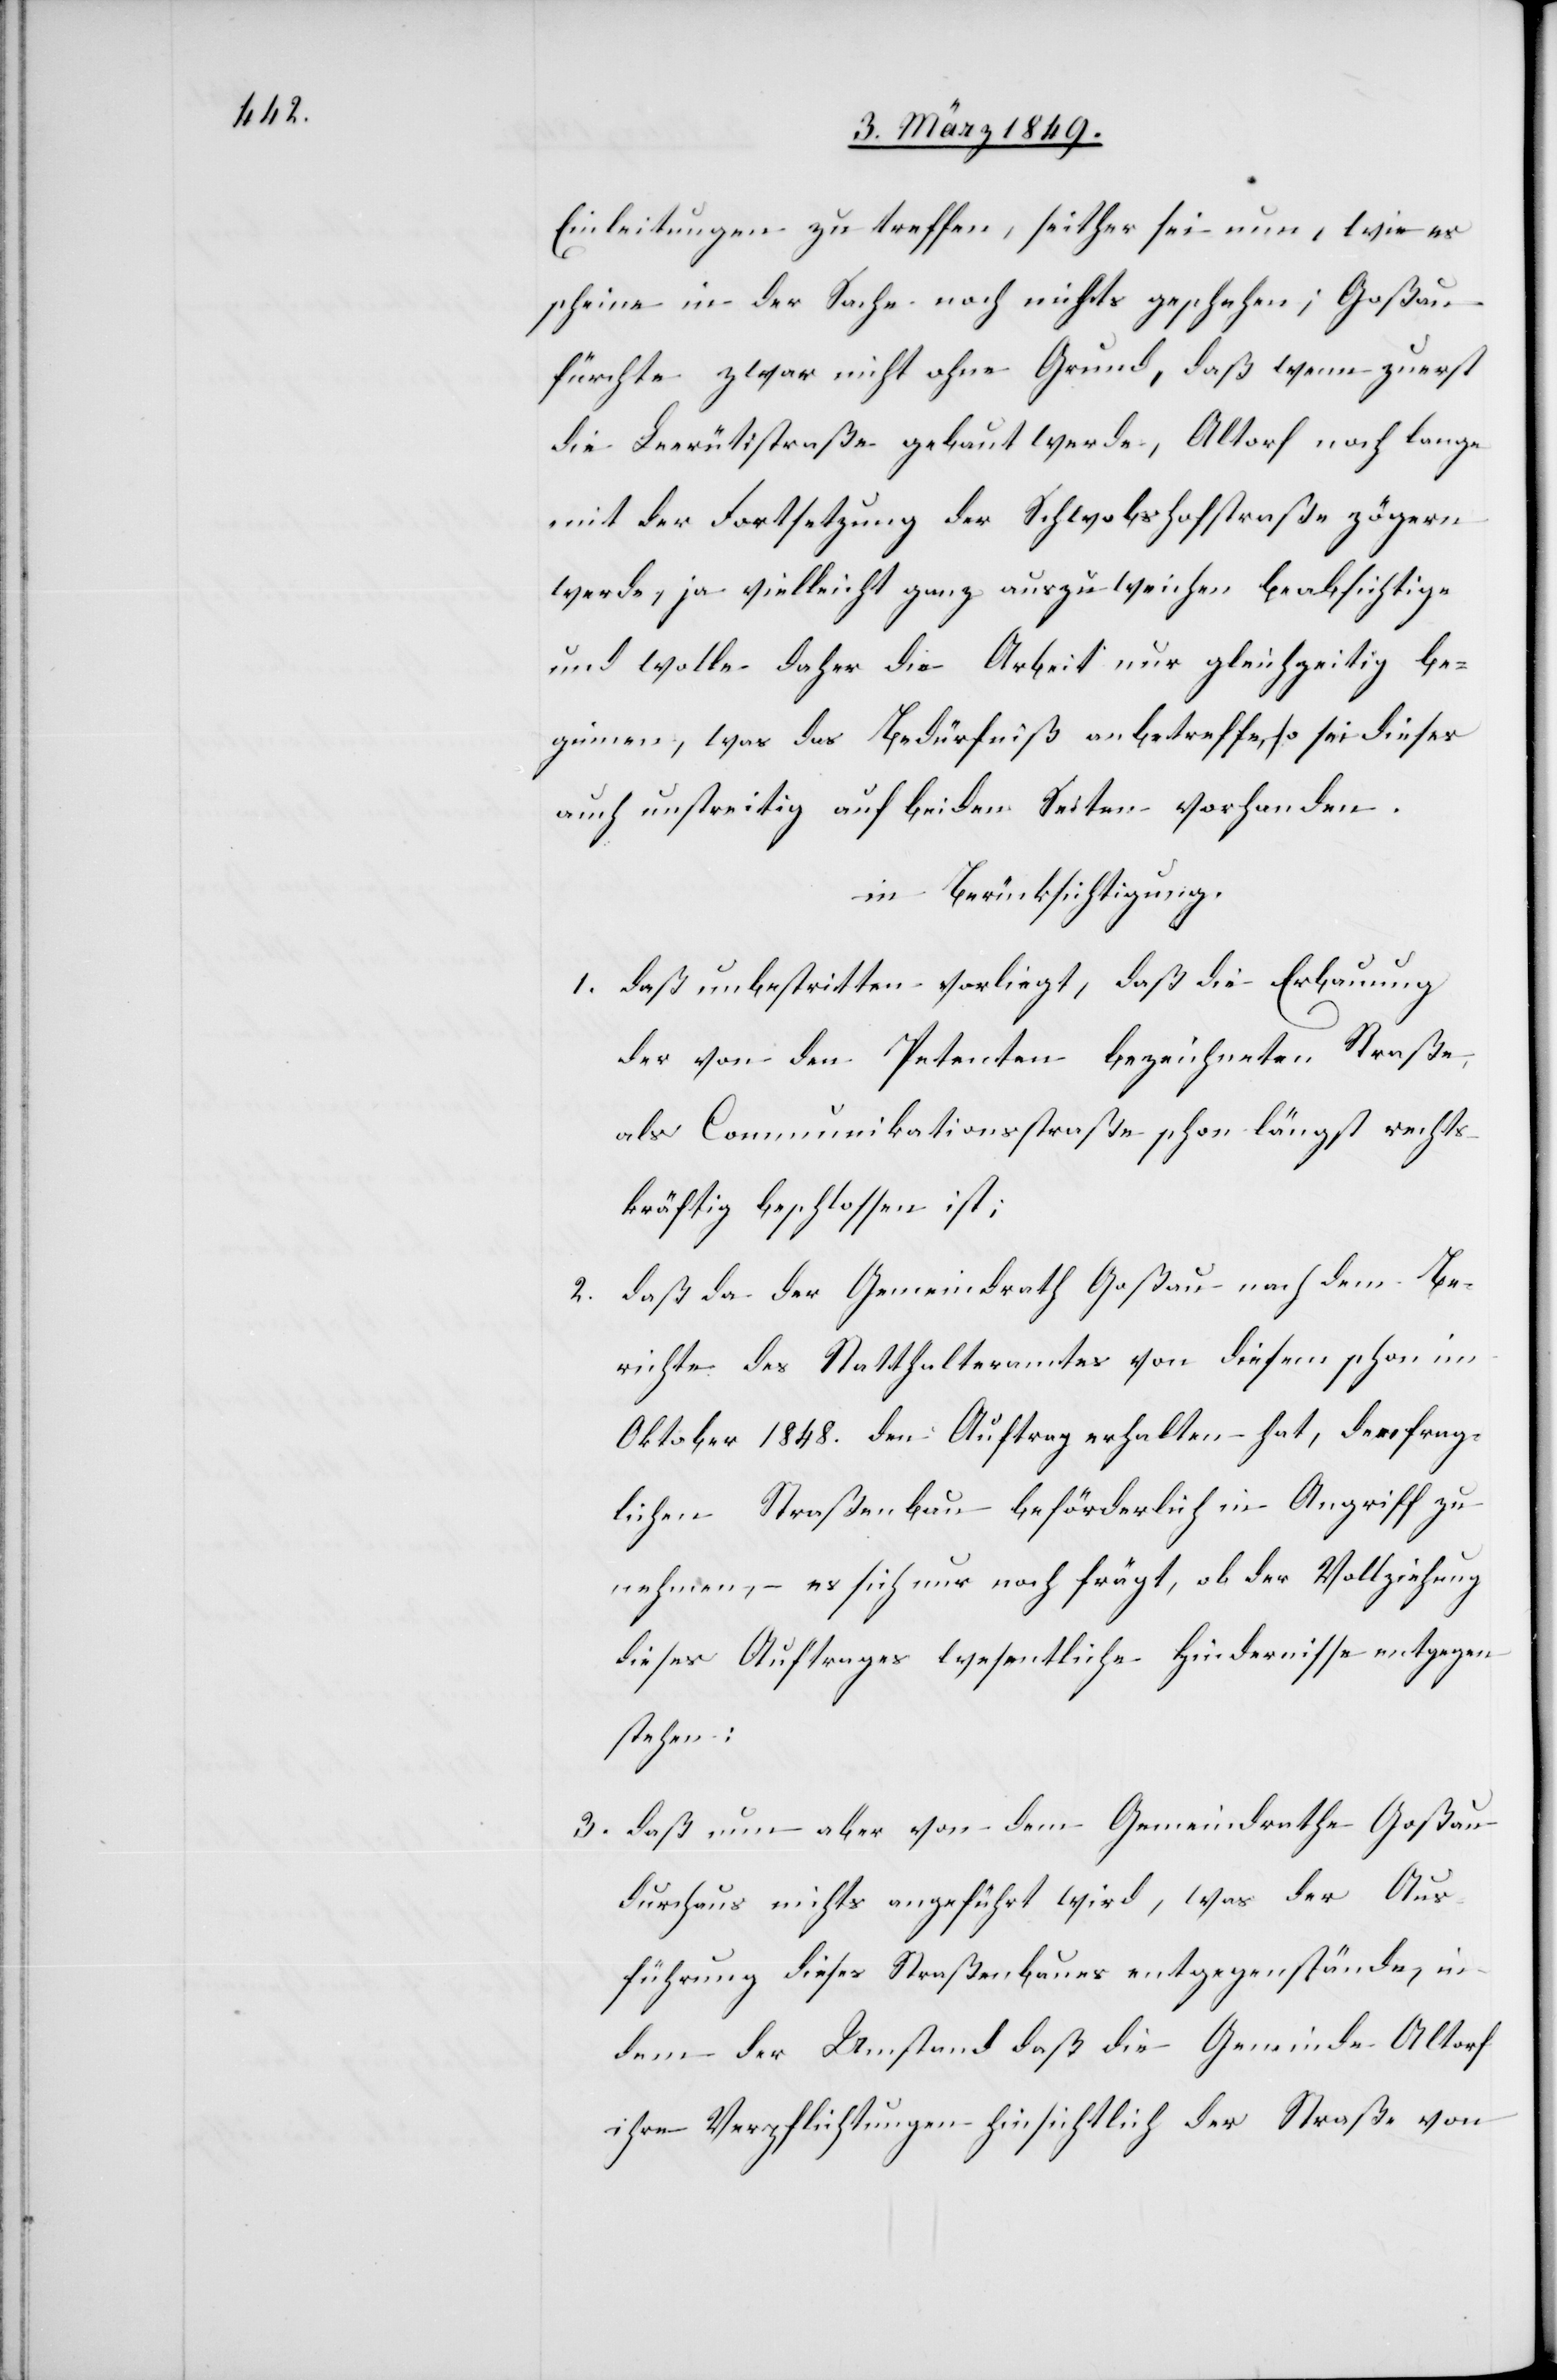
Einleitungen zu treffen, seither sei nun, wie es
scheine in der Sache noch nichts geschehen; Goßau
fürchte zwar nicht ohne Grund, daß wenn zuerst
die Leerütistraße gebaut werde, Altorf noch lange
mit der Fortsetzung der Schwobshofstraße zögern
werde, ja vielleicht ganz auszuweichen beabsichtige
und wolle daher die Arbeit nur gleichzeitig be¬
ginnen, was das Bedürfniß anbetreffe, so sei dieses
auch unstreitig auf beiden Seiten vorhanden.
in Berücksichtigung,
1. daß unbestritten vorliegt, daß die Erbauung
der von den Petenten bezeichneten Straße,
als Communikationsstraße schon längst rechts¬
kräftig beschlossen ist;
2. daß da der Gemeindrath Goßau nach dem Be¬
richte des Statthalteramtes von diesem schon im
Oktober 1848. den Auftrag erhalten hat, den frag¬
lichen Straßenbau beförderlich in Angriff zu
nehmen, – es sich nur noch frägt, ob der Vollziehung
dieses Auftrages wesentliche Hindernisse entgegen
stehen;
3. daß nun aber von dem Gemeindrathe Goßau
durchaus nichts angeführt wird, was der Aus¬
führung dieses Straßenbaues entgegenstände, in¬
dem der Umstand daß die Gemeinde Altorf
ihre Verpflichtungen hinsichtlich der Straße von